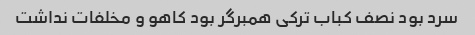
سرد بود نصف کباب ترکی همبرگر بود کاهو و مخلفات نداشت